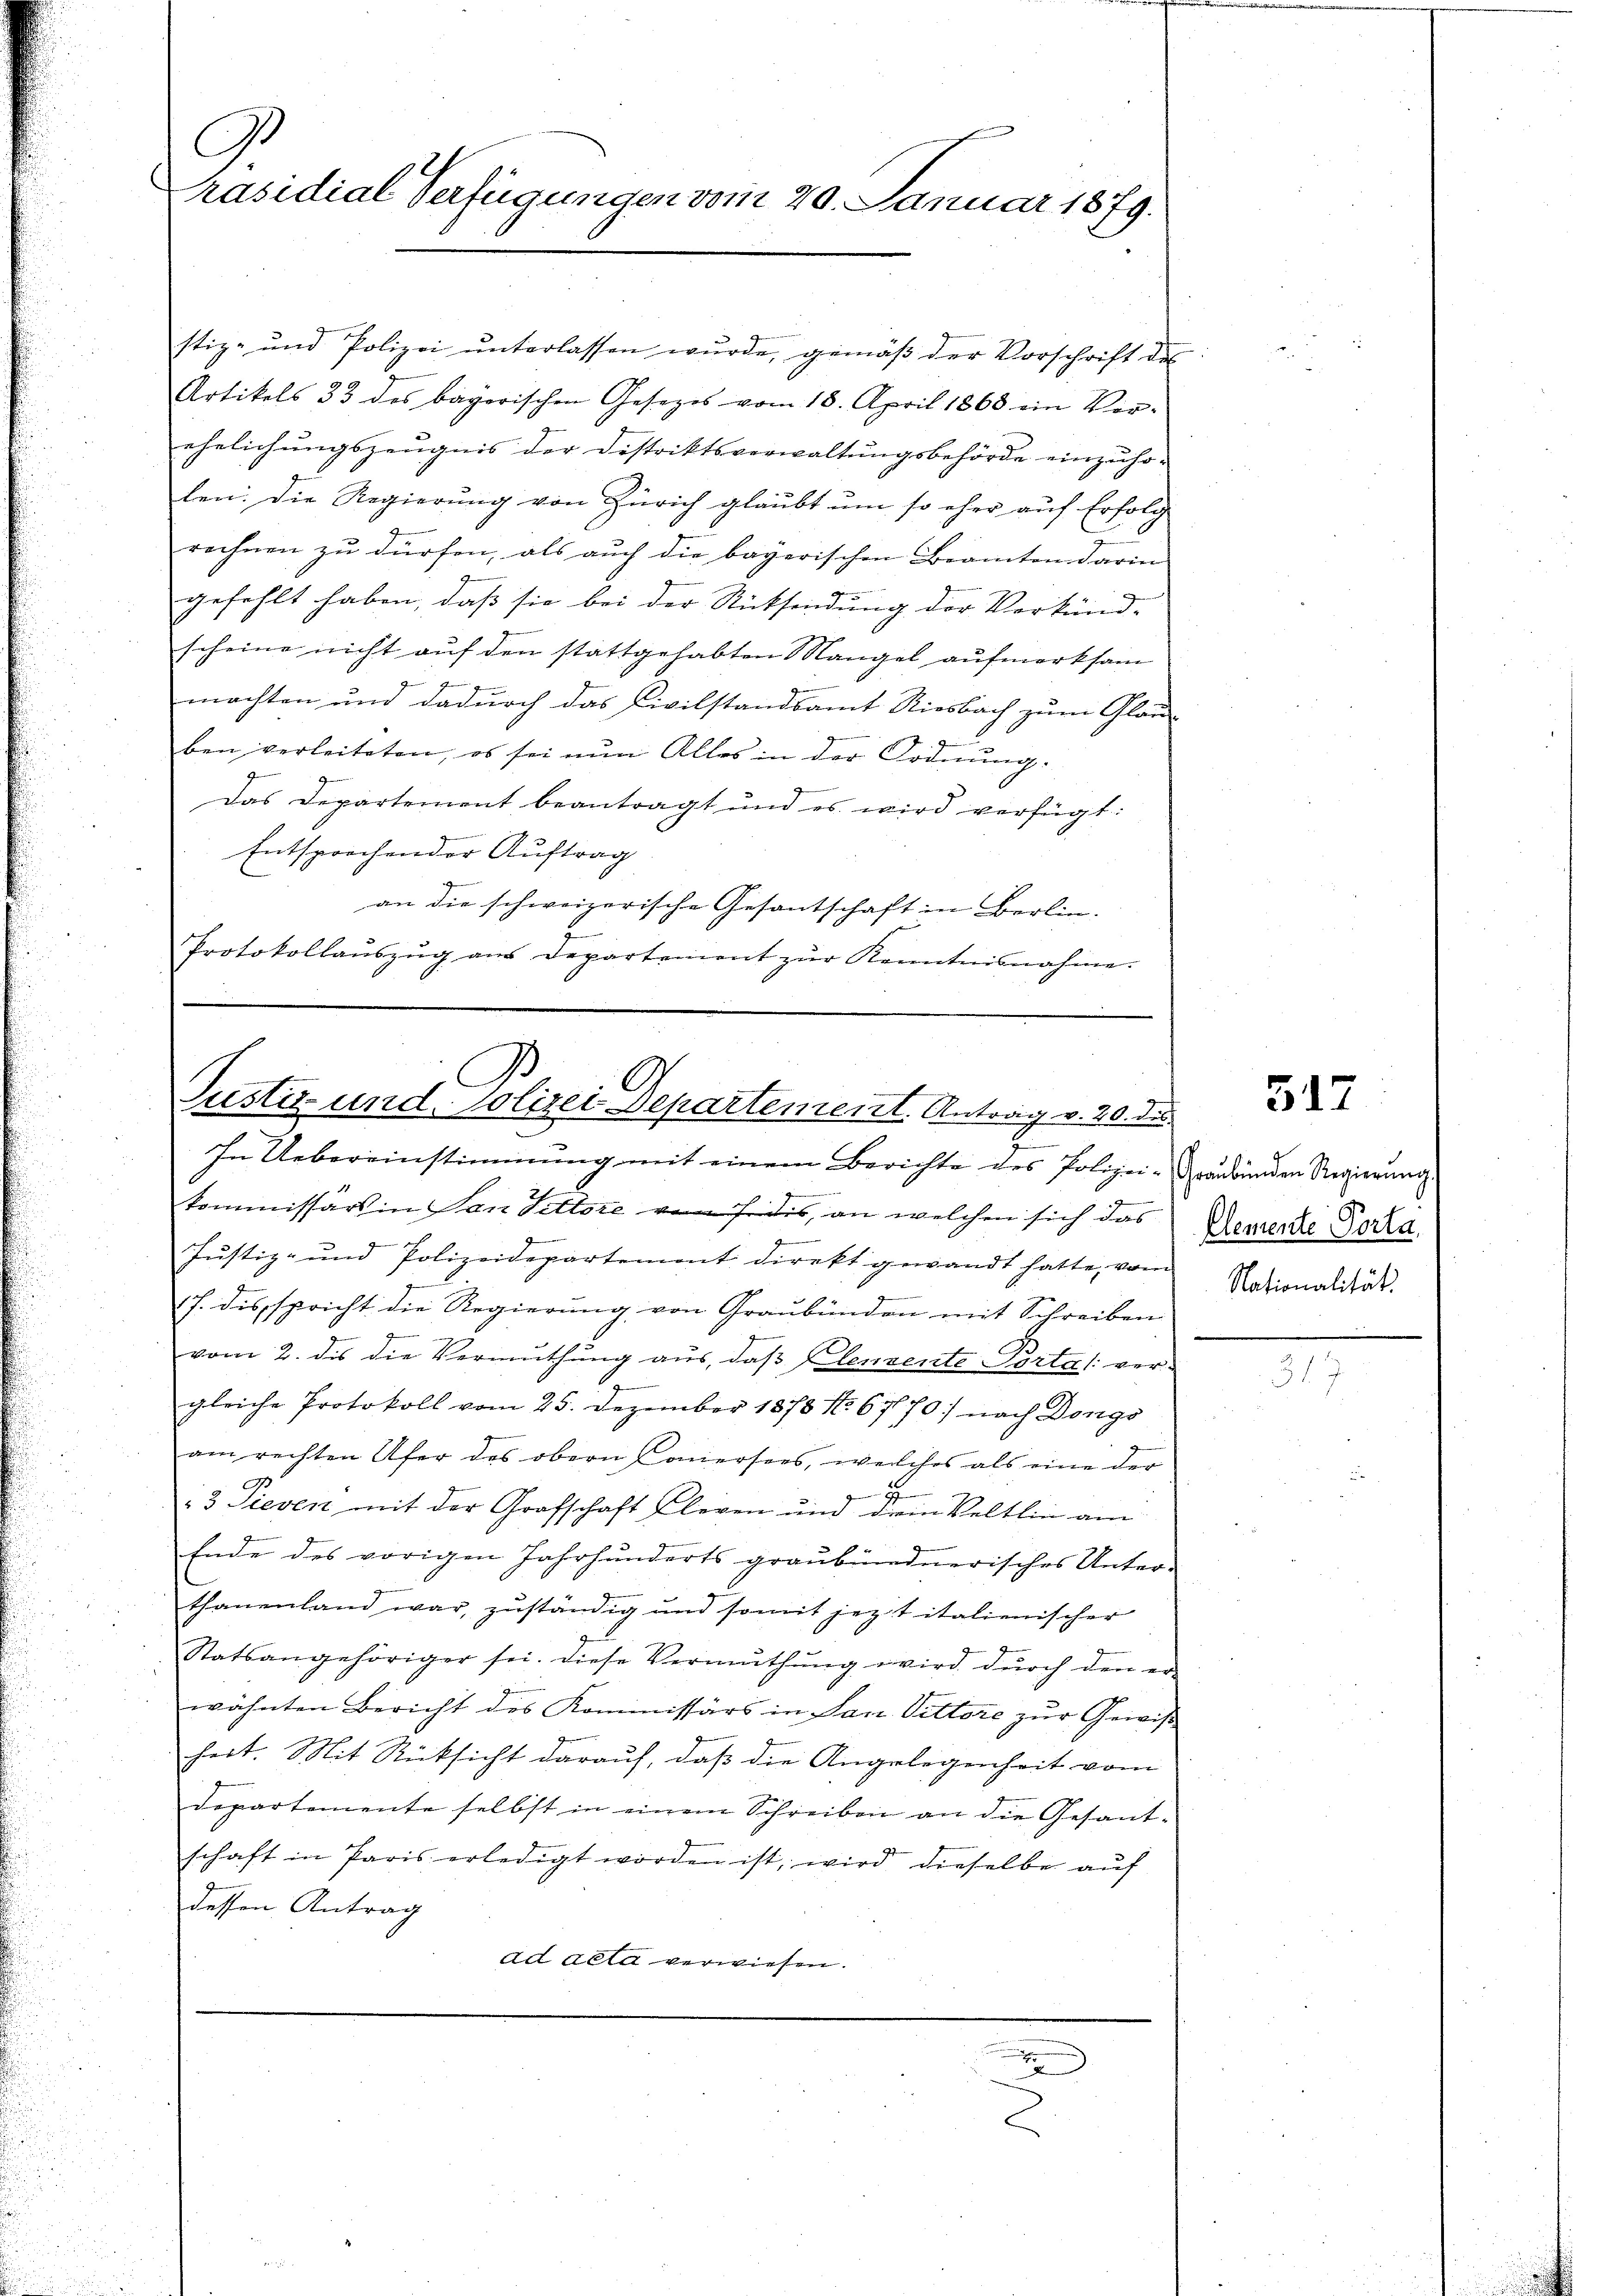
C
räsidial Verfügungen vom 20. Januar 1879.

stiz- und Polizei ŭnterlassen wŭrde, gemäβ der Vorschrift des
Artikels 33 des bayerischen Gesezes vom 18. April 1868 ein Vor-
ehelichungszeugnis der Distriktsverwaltungsbehörde einzuho-
len: Die Regierung von Zürich glaubt um so eher auf Erfolg
d
rechnen zu dürfen, als auch die bayerischen Beamten arin
gefehlt haben, daß sie bei der Rücksendung der Verkünd-
scheine nicht auf den stattgehabten angel aufmerksam
g
machten und dadurch das Civilstandsamt Riesbach zum Gläu-
ben verleiteten, es sei nun Alles in der Ordnung.
Das Departement beantragt und es wird verfügt:
Entsprechender Auftrag
an die schweizerische Gesantschaft in Berlin¬
2
Protokollaŭszŭg ans Departement zŭr Kenntnisnahme.

Justiz und Polizei Departement. Antrag v. 20. die

In Uebereinstimmung mit einem Berichte des Polizei- Graubünden Regierung
kommissärs in Von Pittore von sei dis, an welchen sich das
Jŭstiz- und Polizeidepartement direkt gewandt hatte, vom
17. disspricht die Regierung von Graubünden mit Schreiben
vom 2. des die Vermuthung aus, daβ Elenzente Porta /: vergleiche Protokoll vom 25. Dezember 1878 No. 6770) nach Dongs
am rechten Ufer des obern Camersees, welches als eine der
3 Pieven mit der Grafschaft Cleven und dem Veltlin am
Ende des vorigen Jahrhunderts graubündnerisches Unter-
thanenland war, zuständig und somit jezt italienischer
Statsangehöriger sei. Diese Vermuthung wird dŭrch den er-
wähnten Bericht des Kommissärs in Jan. Vittore zur Gewißhert. Mit Rücksicht darauf, daß die Angelegenheit vom
Departemente selbst in einem Schreiben an die Gesant-
schaft in Paris erledigt worden ist, wird dieselbe auf
dessen Antrag
ad acta verwiesen.

E

d

Clemente Porta,
Nationalität

517